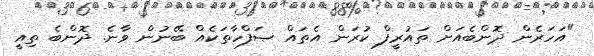
"އަހަރެން ދޮންބެއަށް ތައުރީފް ކުރަން އެތައް ޞަފްހާތަކެއް ބޭނުން ވާނެ. ދޮންބެ ތިއީ